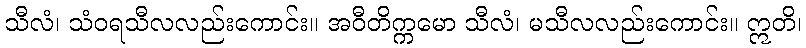
သီလံ၊ သံဝရသီလလည်းကောင်း။ အဝီတိက္ကမော သီလံ၊ မသီလလည်းကောင်း။ ဣတိ၊